Report on horse surra - Volume II, Part II
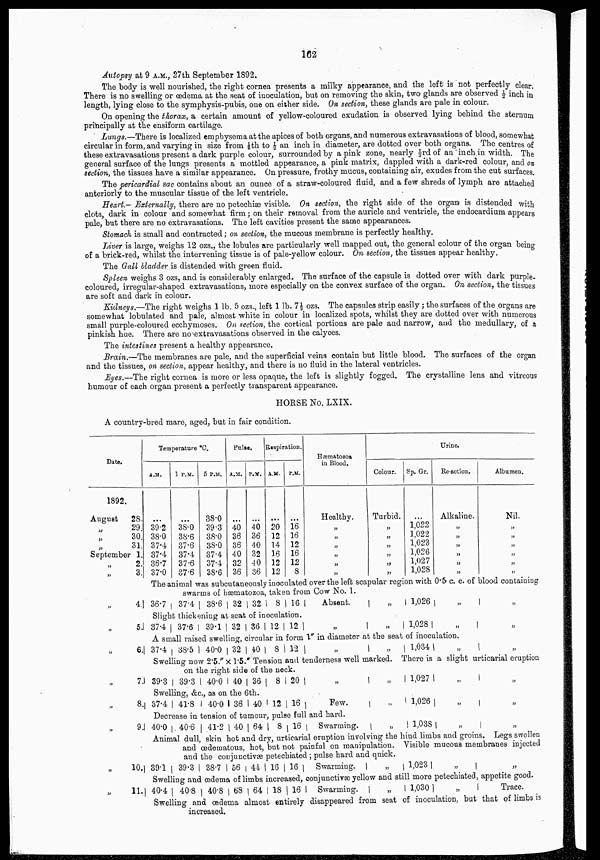
162
Autopsy at 9 A.M., 27th September 1892.
The body is well nourished, the right cornea presents a milky appearance, and the left is not perfectly clear.
There is no swelling or œdema at the seat of inoculation, but on removing the skin, two glands are observed ½ inch in
length, lying close to the symphysis-pubis, one on either side. On section, these glands are pale in colour.
On opening the thorax, a certain amount of yellow-coloured exudation is observed lying behind the sternum
principally at the ensiform cartilage.
Lungs.—There is localized emphysema at the apices of both organs, and numerous extravasations of blood, somewhat
circular in form, and varying in size from ⅛th to ½ an inch in diameter, are dotted over both organs. The centres of
these extravasations present a dark purple colour, surrounded by a pink zone, nearly ⅓rd of an inch in width. The
general surface of the lungs presents a mottled appearance, a pink matrix, dappled with a dark-red colour, and on
section, the tissues have a similar appearance. On pressure, frothy mucus, containing air, exudes from the cut surfaces.
The pericardial sac contains about an ounce of a straw-coloured fluid, and a few shreds of lymph are attached
anteriorly to the muscular tissue of the left ventricle.
Heart.— Externally, there are no petechiæ visible. On section, the right side of the organ is distended with
clots, dark in colour and somewhat firm; on their removal from the auricle and ventricle, the endocardium appears
pale, but there are no extravasations. The left cavities present the same appearances.
Stomach is small and contracted; on section, the mucous membrane is perfectly healthy.
Liver is large, weighs 12 ozs., the lobules are particularly well mapped out, the general colour of the organ being
of a brick-red, whilst the intervening tissue is of pale-yellow colour. On section, the tissues appear healthy.
The Gall bladder is distended with green fluid.
Spleen weighs 3 ozs, and is considerably enlarged. The surface of the capsule is dotted over with dark purple-
coloured, irregular-shaped extravasations, more especially on the convex surface of the organ. On section, the tissues
are soft and dark in colour.
Kidneys.—The right weighs 1 lb. 5 ozs., left 1 lb. 7½ ozs. The capsules strip easily ; the surfaces of the organs are
somewhat lobulated and pale, almost white in colour in localized spots, whilst they are dotted over with numerous
small purple-coloured ecchymoses. On section, the cortical portions are pale and narrow, and the medullary, of a
pinkish hue. There are no extravasations observed in the calyces.
The intestines present a healthy appearance.
Brain.—The membranes are pale, and the superficial veins contain but little blood. The surfaces of the organ
and the tissues, on section, appear healthy, and there is no fluid in the lateral ventricles.
Eyes.—The right cornea is more or less opaque, the left is slightly fogged. The crystalline lens and vitreous
humour of each organ present a perfectly transparent appearance.
HORSE No. LXIX.
A country-bred mare, aged, but in fair condition.
Date.
1892.
August
28.
„ 29.
„ 30.
„ 31.
September 1.
„ 2.
„ 3.
Temperature °C.
A.M.
...
39.2
38.0
37.4
37.4
36.7
37.0
1 P.M.
...
38.0
38.6
37.6
37.4
37.6
37.6
5 P.M.
38.0
39.3
38.0
38.0
37.4
37.4
38.6
Pulse.
A.M.
...
40
36
36
40
32
36
P.M.
...
40
36
40
32
40
36
Respiration.
A.M.
...
20
12
14
16
12
12
P.M.
...
16
16
12
16
12
8
Hæmatozoa
in Blood.
Healthy.
„
„
„
„
„
„
Colour.
Turbid.
„
„
„
„
„
„
Sp. Gr.
...
1,022
1,022
1,023
1,026
1,027
1,028
Urine.
Re-action.
Alkaline.
„
„
„
„
„
„
Albumen.
Nil.
„
„
„
„
„
„
The animal was subcutaneously inoculated over the left scapular region with 0.5 c. c. of blood containing
swarms of hæmatozoa, taken from Cow No. 1.
„ 4.
„ 5.
„ 6.
„ 7.
„ 8.
„ 9.
„ 10.
„ 11.
36.7
37.4
38.6 32 32
8 16
Slight thickening at seat of inoculation.
37.4 37.6
39.1 32 36 12 12
Absent,
„
„
„
1,026
1,028
„
„
A small raised swelling, circular in form 1" in diameter at the seat of inoculation.
37.4
38.5
40.0 32 40
8 12
„
„
1,034
„
„
„
„
Swelling now 2.5." × 1.5." Tension and tenderness well marked. There is a slight urticarial eruption
on the right side of the neck.
39.3
39.3
40.0 40 36
8
Swelling, &c., as on the 6th.
37.4 41.8
40.0 36 40 12
20
16
„
Few.
Decrease in tension of tumour, pulse full and hard.
40.0
40.6
41.2 40 64
8 16 Swarming.
„
„
„
1,027
1,026
1,038
„
„
„
„
„
„
Animal dull, skin hot and dry, urticarial eruption involving the hind limbs and groins. Legs swollen
and œdeniatous, hot, but not painful on manipulation. Visible mucous membranes injected
and the conjunctivæ petechiated ; pulse hard and quick.
39.1
39.3 38.7 56 44 16 16
Swarming.
„
1,023
„
„
Swelling and œdema of limbs increased, conjunctivæ yellow and still more petechiated, appetite good.
40.4
40.8
40.8 68 64 18 16
Swarming.
„
1,030
„
Trace.
Swelling and œdema almost entirely disappeared from seat inoculation, but that of limbs is
increased.